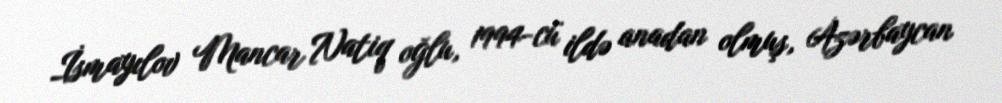
İsmayılov Mancar Natiq oğlu, 1994-cü ildə anadan olmuş, Azərbaycan